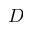
D